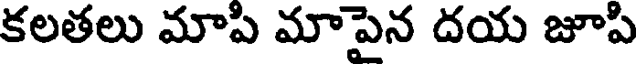
కలతలు మాపి మాపైన దయ జూపి